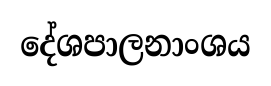
දේශපාලනාංශය